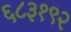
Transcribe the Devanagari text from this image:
६८३१९२